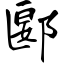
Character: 郾